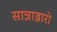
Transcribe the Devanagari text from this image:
सान्नाज्जारो